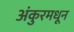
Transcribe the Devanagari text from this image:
अंकुरमधून